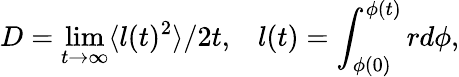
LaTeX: D=\operatorname*{lim}_{t\rightarrow\infty}\langle l(t)^{2}\rangle/2t,\; \; \; l(t)=\int_{\phi(0)}^{\phi(t)}rd\phi,